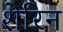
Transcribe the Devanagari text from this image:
शेरिन